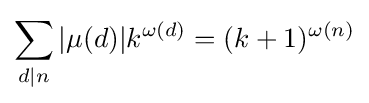
\sum _{d\mid n}|\mu (d)|k^{\omega (d)}=(k+1)^{\omega (n)}